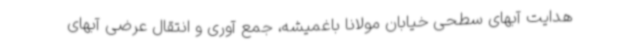
هدایت آبهای سطحی خیابان مولانا باغمیشه، جمع آوری و انتقال عرضی آبهای